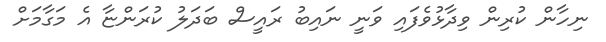
ނިހާން ކުރިން ވިދާޅުވެފައި ވަނީ ނައިބު ރައީސް ބަދަލު ކުރަންޏާ އެ މަގާމަށް